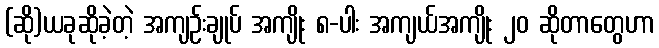
(ဆို)ယခုဆိုခဲ့တဲ့ အကျဉ်းချုပ် အကျိုး ၈-ပါး အကျယ်အကျိုး ၂၀ ဆိုတာတွေဟာ